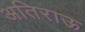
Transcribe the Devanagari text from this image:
अतिराऊ